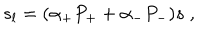
LaTeX: s _ { l } = ( \alpha _ { + } P _ { + } + \alpha _ { - } P _ { - } ) s \; ,